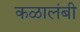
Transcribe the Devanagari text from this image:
कळालंबी